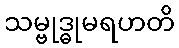
သမ္ဗုဒ္ဓုမရဟတိ